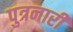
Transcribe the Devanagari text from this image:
पुत्रनारी